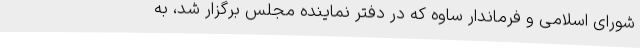
شورای اسلامی و فرماندار ساوه که در دفتر نماینده مجلس برگزار شد، به